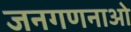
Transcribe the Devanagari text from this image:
जनगणनाओ